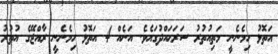
އަތޮޅު ހިމެނެނީ މަތިއުތުރު ސަރަޙައްދުގައެވެ. އަނެއް 4 އަތޮޅު ހިމެނެނީ ރާއްޖޭގެ އުތުރު